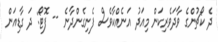
ދެ ކޯޗުންގެ ވާދަވެރިކަން މިއަދު އަނެއްކާވެސް ފެނިގެންދާނެ -- ފޮޓޯ: ދަ ގާޑިއަން